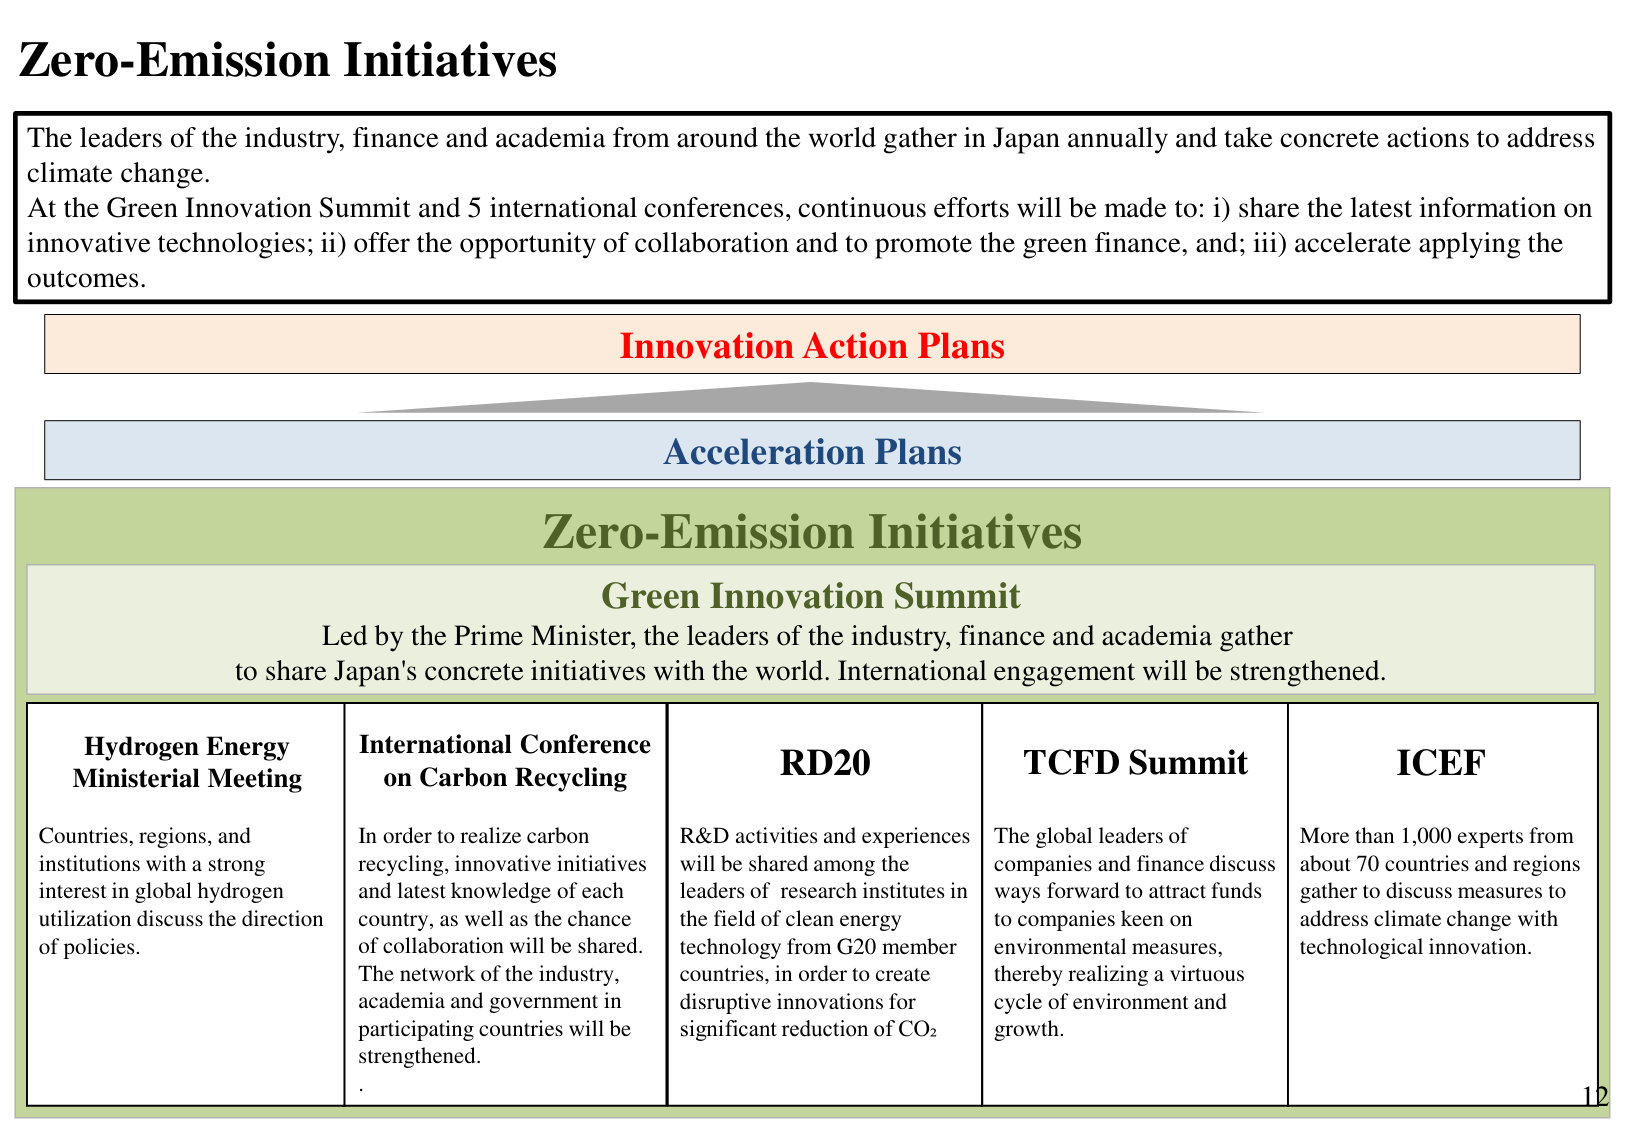
Zero-Emission Initiatives

The leaders of the industry, finance and academia from around the world gather in Japan annually and take concrete actions to address climate change.
At the Green Innovation Summit and 5 international conferences, continuous efforts will be made to: i) share the latest information on innovative technologies; ii) offer the opportunity of collaboration and to promote the green finance, and; iii) accelerate applying the outcomes.

Innovation Action Plans

Acceleration Plans

Zero-Emission Initiatives
Green Innovation Summit
Led by the Prime Minister, the leaders of the industry, finance and academia gather to share Japan's concrete initiatives with the world. International engagement will be strengthened.

Hydrogen Energy Ministerial Meeting
Countries, regions, and institutions with a strong interest in global hydrogen utilization discuss the direction of policies.

International Conference on Carbon Recycling
In order to realize carbon recycling, innovative initiatives and latest knowledge of each country, as well as the chance of collaboration will be shared. The network of the industry, academia and government in participating countries will be strengthened.

RD20
R&D activities and experiences will be shared among the leaders of research institutes in the field of clean energy technology from G20 member countries, in order to create disruptive innovations for significant reduction of CO₂

TCFD Summit
The global leaders of companies and finance discuss ways forward to attract funds to companies keen on environmental measures, thereby realizing a virtuous cycle of environment and growth.

ICEF
More than 1,000 experts from about 70 countries and regions gather to discuss measures to address climate change with technological innovation.

12